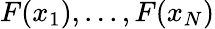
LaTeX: F(x_{1}),...,F(x_{N})